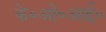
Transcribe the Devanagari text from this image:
के॰ओ॰आई॰